Medical and sanitary report on the native army of Bombay for the year
Year: 1877
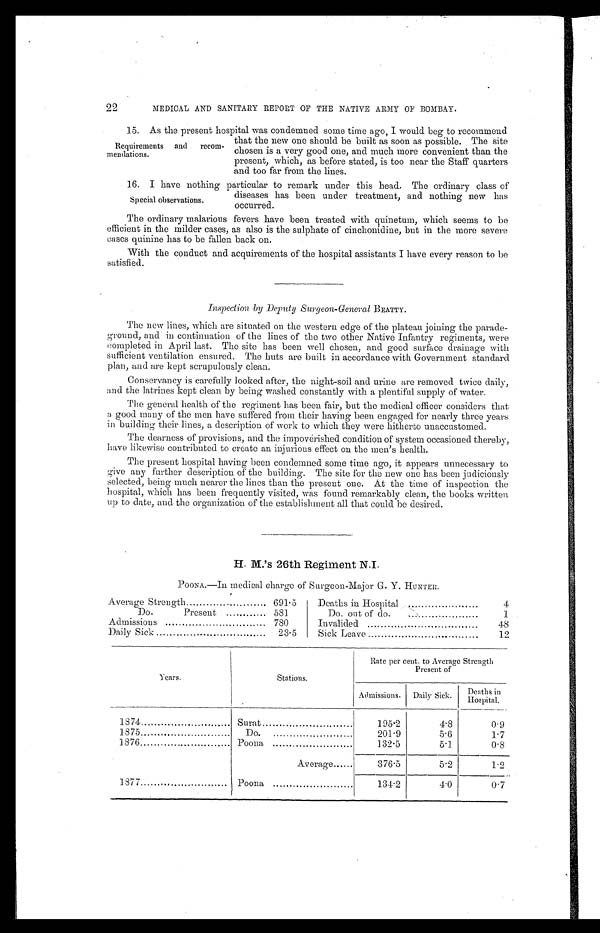
22
MEDICAL AND SANITARY REPORT OF THE NATIVE ARMY OF BOMBAY.
15. As the Present hospital was condemned some time ago, I would beg to recommend
that the new one should be built as soon as possible. The site
chosen is a very good one, and much more convenient than the
present, which, as before stated, is too near the Staff quarters
and too far from the lines.
16. I have nothing particular to remark under this head. The ordinary class of
diseases has been under treatment, and nothing new has
occurred.
The ordinary malarious fevers have been treated with quinetum, which seems to be
efficient in the milder cases, as also is the sulphate of cinchonidine, but in the more severe
eases quinine has to be fallen back on.
With the conduct and acquirements of the hospital assistants I have every reason to be
satisfied.
Inspection by Deputy Surgeon-General BEATTY.
The new lines, which are situated on the western edge of the plateau joining the parade-
ground, and in continuation of the lines of the two other Native Infantry regiments, were
completed in April last. The site has been well chosen, and good surface drainage with
sufficient ventilation ensured. The huts are built in accordance with Government standard
plan, and are kept scrupulously clean.
Conservancy is carefully looked after, the night-soil and urine are removed twice daily,
and the latrines kept clean by being washed constantly with a plentiful supply of water.
The general health of the regiment has been fair, but the medical officer considers that
a good many of the men have suffered from their having been engaged for nearly three years
in building their lines, a description of work to which they were hitherto unaccustomed.
The dearness of provisions, and the impoverished condition of system occasioned thereby,
have likewise contributed to create an injurious effect on the men's health.
The present hospital having been condemned some time ago, it appears unnecessary to
give any further description of the building. The site for the new one has been judiciously
selected, being much nearer the lines than the present one. At the time of inspection the
hospital, which has been frequently visited, was found remarkably clean, the books written
up to date, and the organization of the establishment all that could be desired.
H. M.'s 26th Regiment
N . I .
P O O N A . — I n m e d i c a l c h a r g e o f S u r g e o n - M a j o r G . Y .
H U N T E R .
Average Strength
691.5
Deaths in Hospital
4
Do.
Present
581.
Do out of do.
1
Admissions
780
Invalided
48
Daily Sick
23.5
Sick Leave
12
Years.
Stations.
Rate per cent. to Average Strength
Present of
Admissions.
Daily Sick.
Deaths in
Hospital.
1874
Surat
195 . 2
4.8
0.9
1875
Do.
201.9
5.6
1 . 7
1876
Poona
1.32.5
5.1.
0.8
Average
376.5
5.2
1 . 2
1877
Poona
134.2
4.0
0 . 7
Requirements and recom-
mendations.
Special observations.